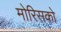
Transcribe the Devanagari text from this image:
मोरिसको